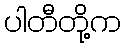
ပါတီတို့က